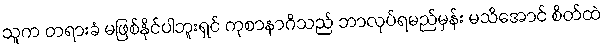
သူက တရားခံ မဖြစ်နိုင်ပါဘူးရှင် ကုစာနာဂိသည် ဘာလုပ်ရမည်မှန်း မသိအောင် စိတ်ထဲ